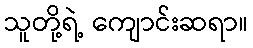
သူတို့ရဲ့ ကျောင်းဆရာ။